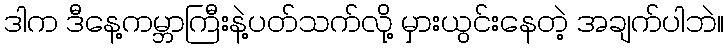
ဒါက ဒီနေ့ကမ္ဘာကြီးနဲ့ပတ်သက်လို့ မှားယွင်းနေတဲ့ အချက်ပါဘဲ။